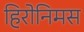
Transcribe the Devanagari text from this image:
हिरोनिमस